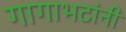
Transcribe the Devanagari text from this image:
गागाभटांनी